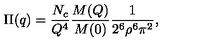
\Pi ( q ) = \frac { N _ { c } } { Q ^ { 4 } } \frac { M ( Q ) } { M ( 0 ) } \frac { 1 } { 2 ^ { 6 } \rho ^ { 6 } \pi ^ { 2 } } ,